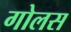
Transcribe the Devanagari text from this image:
गोलस